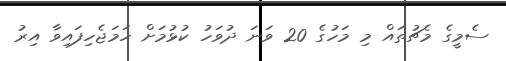
ސެމީގެ މެޗުތައް މި މަހުގެ 20 ވަނަ ދުވަހު ކުޅުމަށް ހަމަޖެހިފައިވާ އިރު